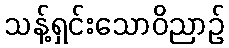
သန့်ရှင်းသောဝိညာဉ်